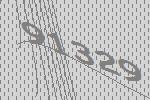
91329